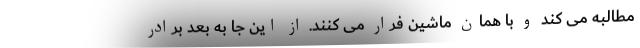
مطالبه می کند و با همان ماشین فرار می کنند. از این جا به بعد برادر